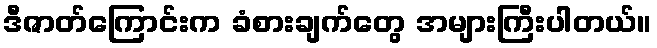
ဒီဇာတ်ကြောင်းက ခံစားချက်တွေ အများကြီးပါတယ်။